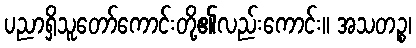
ပညာရှိသူတော်ကောင်းတို့၏လည်းကောင်း။ အသတဉ္စ၊